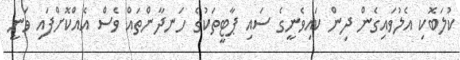
ކުލަބޮކި އެލުވައިގެން ދިން ކައިވެނީގެ ސައި ޕާޓީތަކުގެ ހަނދާންތައް ވެސް އެއްކޮށްފައި ވަނީ